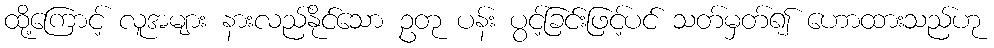
ထို့ကြောင့် လူအများ နားလည်နိုင်သော ဥတု ပန်း ပွင့်ခြင်းဖြင့်ပင် သတ်မှတ်၍ ဟောထားသည်ဟု